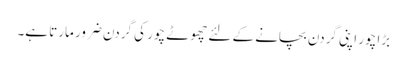
بڑا چور اپنی گردن بچانے کے لئے چھوٹے چور کی گردن ضرور مارتا ہے۔